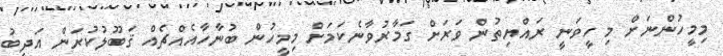
މިމީހުންނަށް މި ހީވަނީ ރައްޔިތުން ވަރަށް ގަމާރުވާނެކަމަށް މިމީހުން ބުނާހާއެއްޗެއް ޤަބޫލުކުރަން އަދީބު